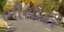
ભીશીકર